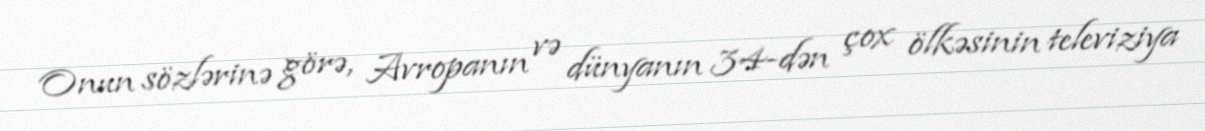
Onun sözlərinə görə, Avropanın və dünyanın 34-dən çox ölkəsinin televiziya